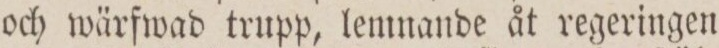
och wärfwad trupp, lemnande åt regeringen